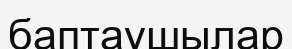
баптаушылар